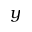
y